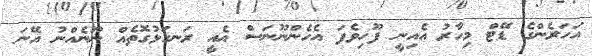
އަހަރެންގެ ޑޭޓް މިހާރު އެއިނީ ފޫހިވެފަ އެހެންނޫނަސް އެއީ ރަނގަޅުގޮތެއް ނޫނެއްނު އޭނަ